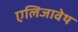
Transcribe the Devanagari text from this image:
एलिजावेथ